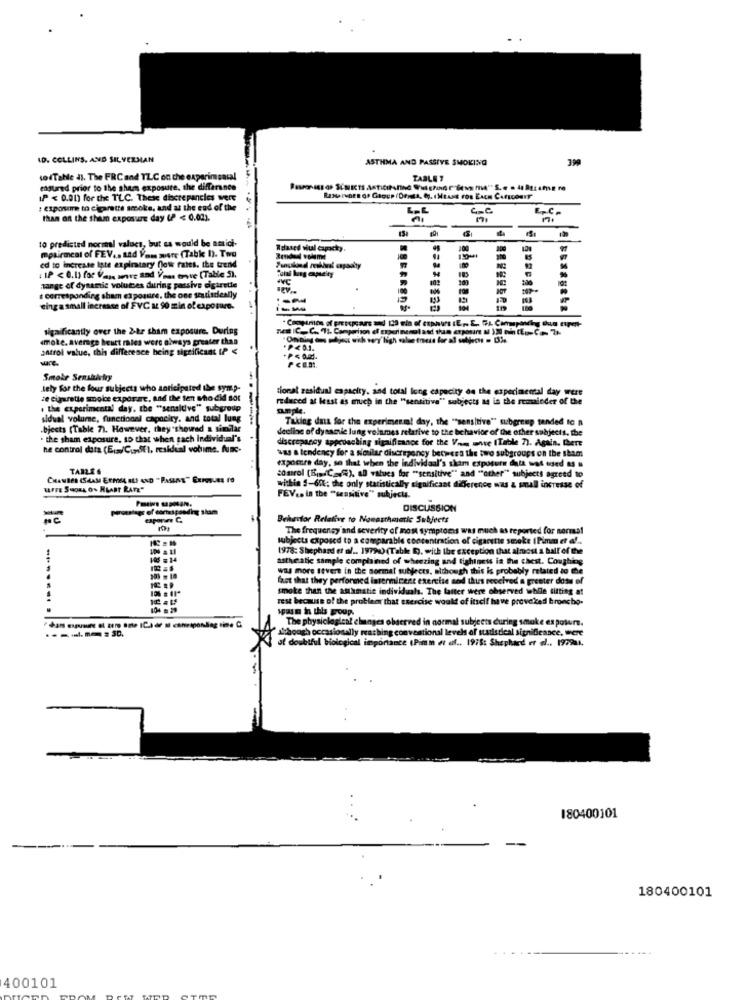
ID. COLLINS, AND SILVERMAN
ASTHMA AND PASSIVE SMOKING
wodTable 1). The FRCand TLC on the experimsacal
TABLE 7
endured prior to the sham exposure, the differance
IP < 0.00) for the TLC. These discrepancies were
: exposine to cigarette smoke, and at the end of the
c-C
Ep.C.
than on the sham exposure day (P < 0.02).
to predicted normal values, but es would be amici-
-
mpkirment of FEV .. nad Vom wore (Tabke I). Two
Relased siul capacky.
ed to increase late expiratary flow rates. the trend
: IP < 0.03 for Vass more and Veas trwve [Table 5).
tange of dynamic volutses during passive cigarette
corresponding sham exposure, the one seusisdieally
eingasmall increase of FVC IL 90 min of exposure-
89888855
sigaificantly over the 2-hr tham exposure. During
smoke. average heutt mies were always greater than
"Onning om phjest with very'high value tross for al sobiech . Die
satrol value, this difference being significant (P <
sure.
Smoke Sensbulky
lely for the four subjects who anticipated the symp-
sional residual capacity. and total long capacity on the experimental day were
ze cigarette smoice exporarc, and the ten sho did sot
reduced at least as much in the "sensitive" subjects as in the remainder of the
, the experimental day, the "sensitive" subgroup
ample.
sidual volume, functional capacity, and total lung
Taking data for the experimenm! day, the ""sensitive" subgroup tended to a
.bjects (Table 7). However, they showed a similar
----
decling of dysacile lung volumes relative to the behavior of the other subjects, the
. the sham exposure, so that when tach individual's
discrepancy approaching sigaiffrance for the Vinm wnve (Table 7). Again. there
he control data (E; /C ., SE), residual vottime. func-
was a tendency for a similar discrepancy between the two subgroups on the sham
expocure day, so that when the individual's shim exposure data wat toed & &
TABLES
CHAMBER (SAAS ERMAL ILS AND "PASINE" EXPOSURE TO
somrol (BisC="), al values for "sensitive" and ""other" subjects agreed to
within 5-60: the only statistically significant difference was a small increase of
FEV .. in the "sensitive" subjects.
peromaisgr of dörtuiponding sham
DISCUSSION
mc
Behector Relative to Nowasthmatic Subjects
The frequency and severity of most symptoms was much as reported for normal
subjects exposed to a comparable concentration of cigarette smoke (Pimm et af ..
1978: Shephard et al .. 19790) (Table D. with the exceptio
ception that almost a ball of the
1d =14
astheatic sample complained of wheezing and tightness is the chest. Coughing
was more tevere in the sormal subjects, although this is probably related to the
fast that they performed istermicene exercise sod thus received & greeter domu of
smoke than the amamatic individuals. The latter were observed while sitting at
rest because of the problem that exercise would of itself have proveked broncho-
spain in this group.
The physiological el
lagleat changes observed in normal subjects during smoke es poturs.
th occasionally reaching conventional levels of statistical significance, were
though occasion
doubtful biological importance (Pimm et af .. 1975: Shophied et el .. 1979a1.
180400101
180400101
400101